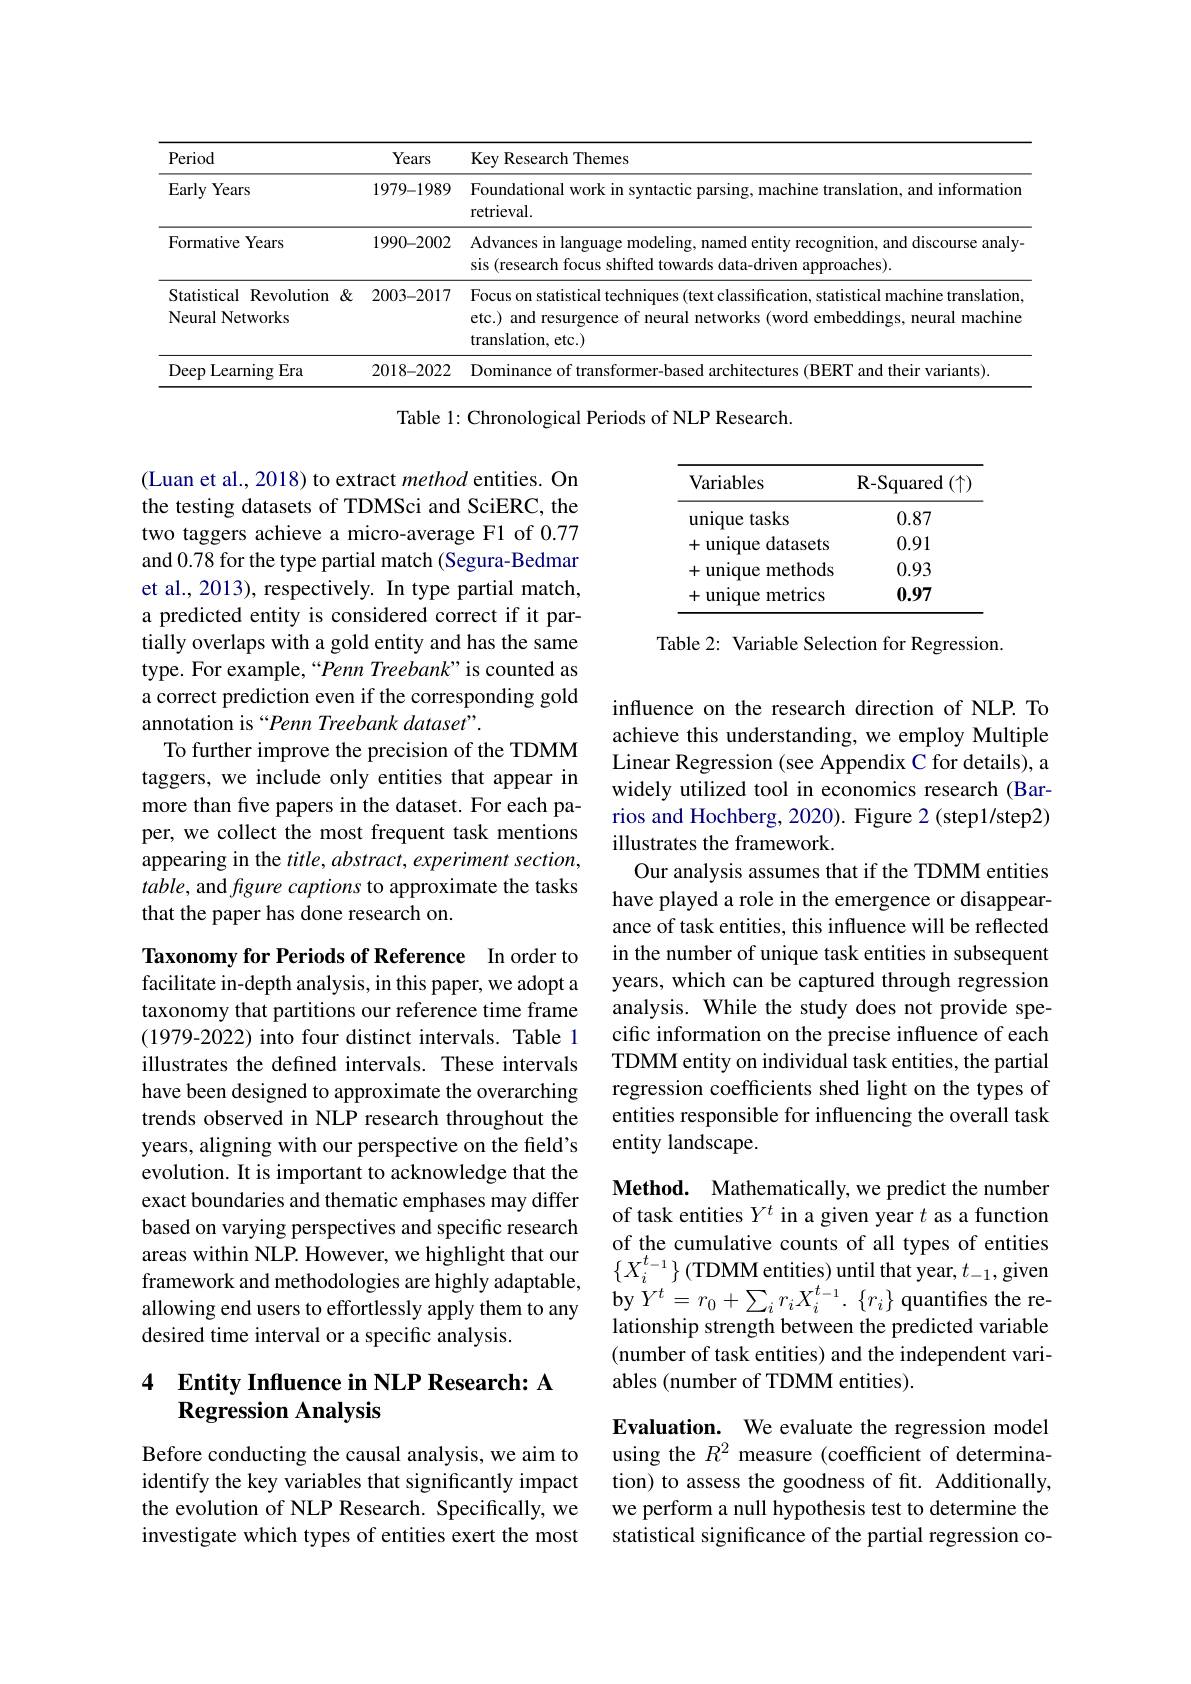
<table>
	<tbody>
		<tr>
			<th>Period</th>
			<th>Years</th>
			<th>Key Research Themes</th>
		</tr>
		<tr>
			<td>Early Years</td>
			<td>1979-1989</td>
			<td>Foundational work in syntactic parsing, machine translation, and information retrieval.</td>
		</tr>
		<tr>
			<td>Formative Years</td>
			<td>1990-2002</td>
			<td>Advances in language modeling, named entity recognition, and discourse analy sis (research focus shifted towards data-driven approaches).</td>
		</tr>
		<tr>
			<td>Statistical Revolution $1\&$ Neural Networks</td>
			<td>2003-2017</td>
			<td>Focus on statistical techniques (text classification, statistical machine translation etc.) and resurgence of neural networks (word embeddings, neural machine ${\mathrm{translation,~etc.}})$</td>
		</tr>
		<tr>
			<td>Deep , Learning $\xi Era$</td>
			<td>2018-2022</td>
			<td>Dom variants)</td>
		</tr>
	</tbody>
</table>

Table 1: Chronological Periods of NLP Research.

<table>
	<tbody>
		<tr>
			<th>Variables</th>
			<th>$\mathbf{R}{-Squared}$ ${\mathrm{d}}\left(\uparrow\right)$,</th>
		</tr>
		<tr>
			<td>unique tasks</td>
			<td>0.87</td>
		</tr>
		<tr>
			<td>unique datasets 十</td>
			<td>0.91</td>
		</tr>
		<tr>
			<td>methods 十 unique</td>
			<td>0.93</td>
		</tr>
		<tr>
			<td>unique metrics 十</td>
			<td>0.97</td>
		</tr>
	</tbody>
</table>

Table 2: Variable Selection for Regression.

(Luan et al., 2018) to extract method entities. On the testing datasets of TDMSci and SciERC, the two taggers achieve a micro-average F1 of 0.77 and 0.78 for the type partial match (Segura-Bedmar et al., 2013), respectively. In type partial match, a predicted entity is considered correct if it partially overlaps with a gold entity and has the same type. For example,“Penn Treebank”is counted as a correct prediction even if the corresponding gold annotation is “Penn Treebank dataset”.
To further improve the precision of the TDMM taggers, we include only entities that appear in more than five papers in the dataset. For each paper, we collect the most frequent task mentions appearing in the title, abstract, experiment section, table, and figure captions to approximate the tasks that the paper has done research on.

influence on the research direction of NLP. To achieve this understanding, we employ Multiple Linear Regression (see Appendix C for details), a widely utilized tool in economics research (Barrios and Hochberg, 2020). Figure 2 (step1/step2) illustrates the framework.
Our analysis assumes that if the TDMM entities have played a role in the emergence or disappearance of task entities, this influence will be reflected in the number of unique task entities in subsequent years, which can be captured through regression analysis. While the study does not provide specific information on the precise influence of each TDMM entity on individual task entities, the partial regression coefficients shed light on the types of entities responsible for influencing the overall task entity landscape.

Taxonomy for Periods of Reference In order to facilitate in-depth analysis, in this paper, we adopt a taxonomy that partitions our reference time frame (1979-2022) into four distinct intervals. Table 1 illustrates the defined intervals. These intervals have been designed to approximate the overarching trends observed in NLP research throughout the years, aligning with our perspective on the field's evolution. It is important to acknowledge that the exact boundaries and thematic emphases may differ based on varying perspectives and specific research areas within NLP. However, we highlight that our framework and methodologies are highly adaptable, allowing end users to effortlessly apply them to any desired time interval or a specific analysis.

Method. Mathematically, we predict the number of task entities $Y^t$ in a given year $t$ as a function of the cumulative counts of all types of entities $\{X_{i}^{t_{-1}}\}\left(\text{TDMM entities) until that year, }t_{-1},\text{given}\right.$ $\operatorname{by}Y^{t}=r_{0}+\sum_{i}r_{i}X_{i}^{t_{-1}}.\left\{r_{i}\right\}$quantifies the relationship strength between the predicted variable (number of task entities) and the independent variables (number of TDMM entities).

## 4 $\textbf{Entity Influence in NLP Research: A}$ Regression Analysis

Evaluation. We evaluate the regression model using the $R^2$ measure (coefficient of determination) to assess the goodness of fit. Additionally, we perform a null hypothesis test to determine the statistical significance of the partial regression co-

Before conducting the causal analysis, we aim to identify the key variables that significantly impact the evolution of NLP Research. Specifically, we investigate which types of entities exert the most